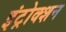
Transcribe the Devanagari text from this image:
इंट्रोक्शन